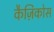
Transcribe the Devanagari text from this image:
कैज़िकोस